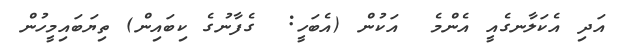
އަދި އެކަލާނގެއީ އެންމެ  އަކުން (އެބަހީ:  ގެފާނުގެ ކިބައިން) ތިޔަބައިމީހުން